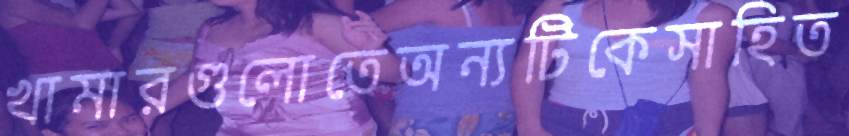
খামারগুলোতেঅন্যটিকেসাহিত